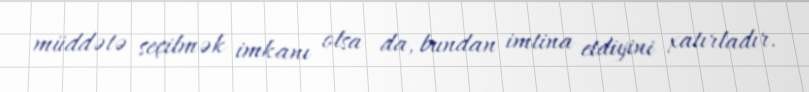
müddətə seçilmək imkanı olsa da, bundan imtina etdiyini xatırladır.